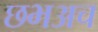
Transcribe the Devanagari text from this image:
छभअच